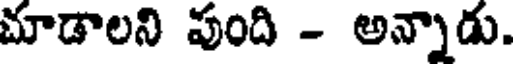
చూడాలని పుంది - అన్నాడు.